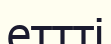
еттті